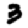
Digit: 3